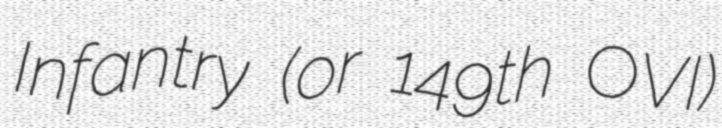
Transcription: Infantry (or 149th OVI)